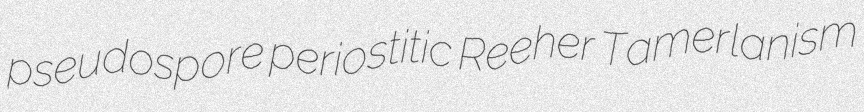
pseudospore periostitic Reeher Tamerlanism